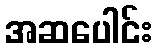
အဆပေါင်း